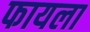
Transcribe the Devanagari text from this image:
फायला